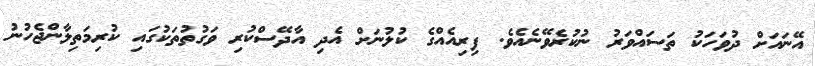
އޭނައަށް ދުވަހަކު ތަސައްވަރު ނުކުރެވޭނެއެވެ. ފިރިއެއްގެ ކުލުނަށް އެދި އާދޭސްކުރި ވަގުތުތަކުގައި ކުރިމަތިލާންޖެހުނު